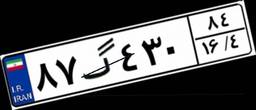
۸۷گ۴۳۰۸۴